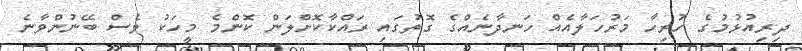
ދިރިއުޅުމުގެ ހުރިހާ މަރުހަލާއެއް ހަނދާނެއްގެ ގޮތުގައި ރައްކާކޮށްލަން ކޮންމެ މީހަކު ވެސް ބޭނުންވާނެ